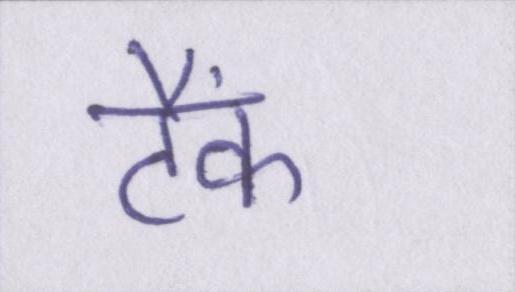
टैंक